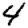
Digit: 4